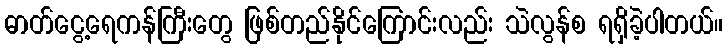
ဓာတ်ငွေ့ရေကန်ကြီးတွေ ဖြစ်တည်နိုင်ကြောင်းလည်း သဲလွန်စ ရရှိခဲ့ပါတယ်။